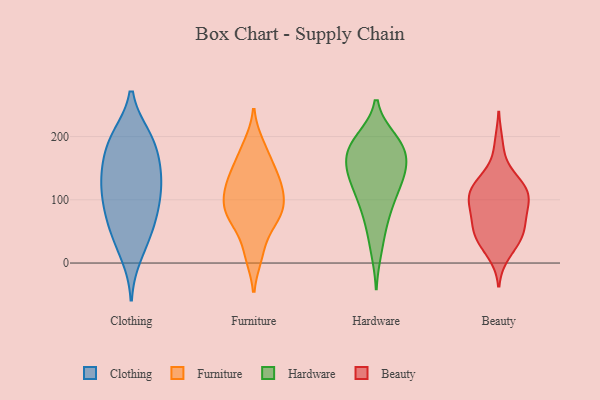
{"axis": {"x": "Shipments", "y": "Value"}, "legend": ["Beauty", "Clothing", "Furniture", "Hardware"], "data": [{"x": "", "y": 45, "type": "Clothing"}, {"x": "", "y": 131, "type": "Clothing"}, {"x": "", "y": 13, "type": "Clothing"}, {"x": "", "y": 199, "type": "Clothing"}, {"x": "", "y": 199, "type": "Clothing"}, {"x": "", "y": 81, "type": "Clothing"}, {"x": "", "y": 116, "type": "Clothing"}, {"x": "", "y": 77, "type": "Clothing"}, {"x": "", "y": 194, "type": "Clothing"}, {"x": "", "y": 109, "type": "Clothing"}, {"x": "", "y": 41, "type": "Clothing"}, {"x": "", "y": 149, "type": "Clothing"}, {"x": "", "y": 185, "type": "Clothing"}, {"x": "", "y": 139, "type": "Clothing"}, {"x": "", "y": 150, "type": "Clothing"}, {"x": "", "y": 82, "type": "Clothing"}, {"x": "", "y": 12, "type": "Furniture"}, {"x": "", "y": 73, "type": "Furniture"}, {"x": "", "y": 156, "type": "Furniture"}, {"x": "", "y": 124, "type": "Furniture"}, {"x": "", "y": 114, "type": "Furniture"}, {"x": "", "y": 16, "type": "Furniture"}, {"x": "", "y": 143, "type": "Furniture"}, {"x": "", "y": 186, "type": "Furniture"}, {"x": "", "y": 180, "type": "Furniture"}, {"x": "", "y": 123, "type": "Furniture"}, {"x": "", "y": 95, "type": "Furniture"}, {"x": "", "y": 82, "type": "Furniture"}, {"x": "", "y": 63, "type": "Furniture"}, {"x": "", "y": 79, "type": "Furniture"}, {"x": "", "y": 71, "type": "Furniture"}, {"x": "", "y": 100, "type": "Furniture"}, {"x": "", "y": 135, "type": "Furniture"}, {"x": "", "y": 118, "type": "Hardware"}, {"x": "", "y": 130, "type": "Hardware"}, {"x": "", "y": 191, "type": "Hardware"}, {"x": "", "y": 155, "type": "Hardware"}, {"x": "", "y": 21, "type": "Hardware"}, {"x": "", "y": 123, "type": "Hardware"}, {"x": "", "y": 164, "type": "Hardware"}, {"x": "", "y": 147, "type": "Hardware"}, {"x": "", "y": 147, "type": "Hardware"}, {"x": "", "y": 195, "type": "Hardware"}, {"x": "", "y": 189, "type": "Hardware"}, {"x": "", "y": 93, "type": "Hardware"}, {"x": "", "y": 184, "type": "Hardware"}, {"x": "", "y": 83, "type": "Hardware"}, {"x": "", "y": 58, "type": "Hardware"}, {"x": "", "y": 180, "type": "Hardware"}, {"x": "", "y": 77, "type": "Beauty"}, {"x": "", "y": 96, "type": "Beauty"}, {"x": "", "y": 108, "type": "Beauty"}, {"x": "", "y": 118, "type": "Beauty"}, {"x": "", "y": 63, "type": "Beauty"}, {"x": "", "y": 104, "type": "Beauty"}, {"x": "", "y": 39, "type": "Beauty"}, {"x": "", "y": 107, "type": "Beauty"}, {"x": "", "y": 129, "type": "Beauty"}, {"x": "", "y": 52, "type": "Beauty"}, {"x": "", "y": 30, "type": "Beauty"}, {"x": "", "y": 44, "type": "Beauty"}, {"x": "", "y": 15, "type": "Beauty"}, {"x": "", "y": 136, "type": "Beauty"}, {"x": "", "y": 53, "type": "Beauty"}, {"x": "", "y": 86, "type": "Beauty"}, {"x": "", "y": 187, "type": "Beauty"}, {"x": "", "y": 116, "type": "Beauty"}]}